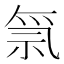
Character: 𱵊